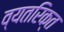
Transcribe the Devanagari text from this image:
व्यतरिक्त